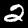
Digit: 2